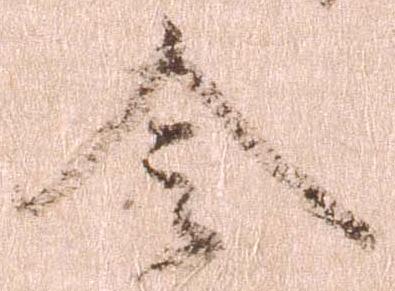
令